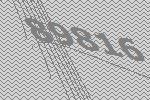
89816